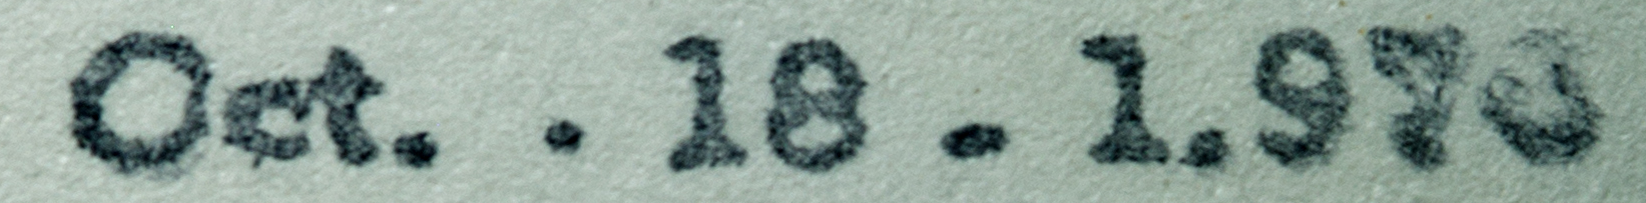
Oct. . 18 . 1.973